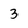
Character: 3